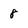
Character: 8